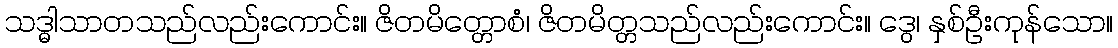
သဒ္ဓါသာတသည်လည်းကောင်း။ ဇိတမိတ္တောစံ၊ ဇိတမိတ္တသည်လည်းကောင်း။ ဒွေ၊ နှစ်ဦးကုန်သော။